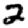
Digit: 2